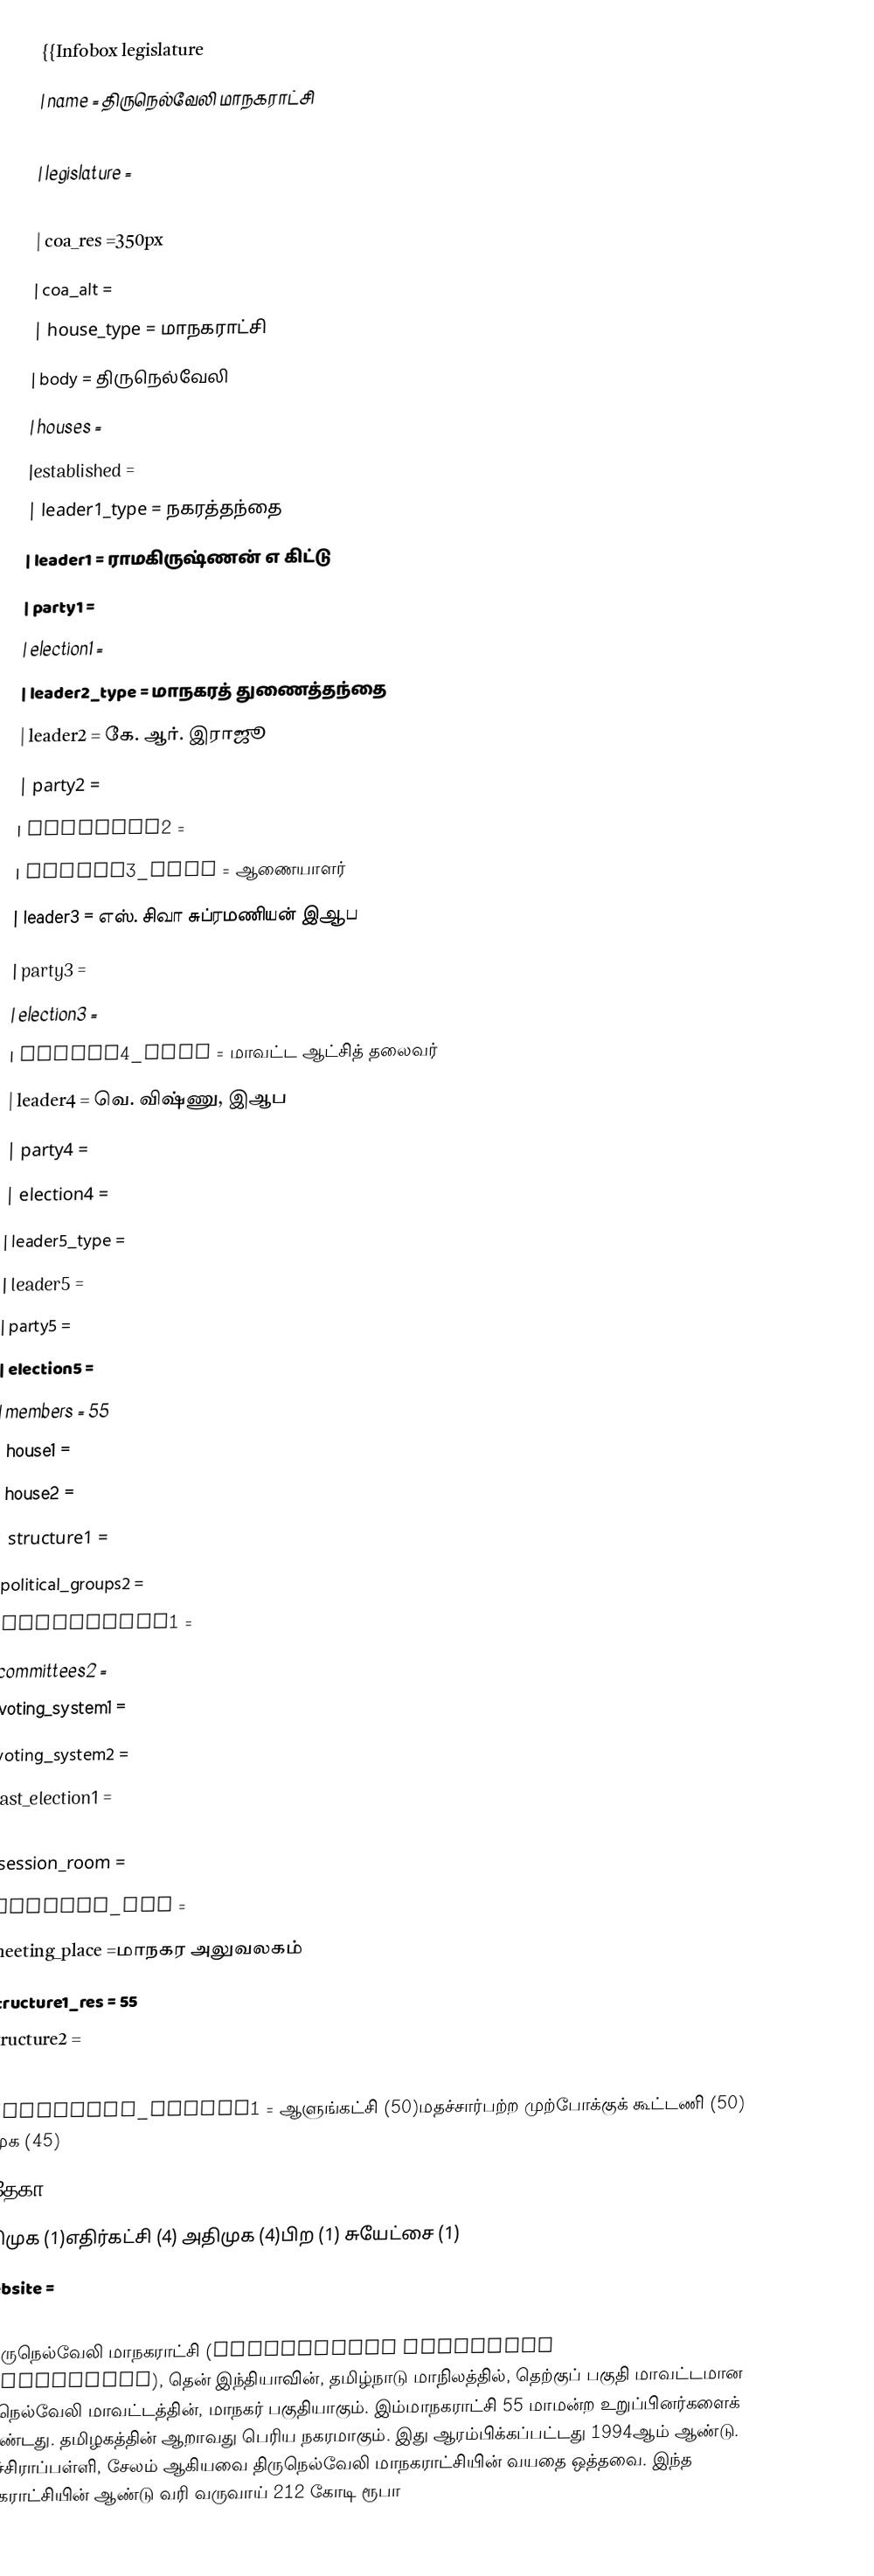
{{Infobox legislature
 | name               = திருநெல்வேலி மாநகராட்சி
 | transcription_name =
 | legislature        =
 | coa_pic            =
 | coa_res            =350px
 | coa_alt            =
 | house_type         = மாநகராட்சி
 | body               = திருநெல்வேலி
 | houses             =
 |established         =
 | leader1_type       = நகரத்தந்தை
 | leader1            = ராமகிருஷ்ணன் எ கிட்டு
 | party1             =
 | election1          =
 | leader2_type       = மாநகரத் துணைத்தந்தை
 | leader2            = கே. ஆர். இராஜூ
 | party2             =
 | election2          =
 | leader3_type       = ஆணையாளர்
 | leader3            = எஸ். சிவா சுப்ரமணியன் இஆப
 | party3             =
 | election3          =
 | leader4_type       = மாவட்ட ஆட்சித் தலைவர்
 | leader4            = வெ. விஷ்ணு, இஆப
 | party4             =
 | election4          =
 | leader5_type       =
 | leader5            =
 | party5             =
 | election5          =
 | members            = 55
 | house1             =
 | house2             =
 | structure1         =
 | political_groups2  =
 | committees1        =
 | committees2        =
 | voting_system1     =
 | voting_system2     =
 | last_election1     =
 | last_election2     =
 | session_room       =
 | session_res        =
 | meeting_place      =மாநகர அலுவலகம்
 | structure1_res     = 55
 | structure2         =
 | structure2_res     =
 | political_groups1  = ஆளுங்கட்சி (50)மதச்சார்பற்ற முற்போக்குக் கூட்டணி (50) திமுக (45)
 இதேகா (4)
 மதிமுக (1)எதிர்கட்சி (4) அதிமுக (4)பிற (1) சுயேட்சை (1)
 | website            =
 | footnotes          =
}}திருநெல்வேலி மாநகராட்சி (Tirunelveli Municipal Corporation), தென் இந்தியாவின், தமிழ்நாடு மாநிலத்தில், தெற்குப் பகுதி மாவட்டமான திருநெல்வேலி மாவட்டத்தின், மாநகர் பகுதியாகும். இம்மாநகராட்சி 55 மாமன்ற உறுப்பினர்களைக் கொண்டது. தமிழகத்தின் ஆறாவது பெரிய நகரமாகும்.  இது ஆரம்பிக்கப்பட்டது 1994ஆம் ஆண்டு. திருச்சிராப்பள்ளி, சேலம் ஆகியவை திருநெல்வேலி மாநகராட்சியின் வயதை ஒத்தவை. இந்த மாநகராட்சியின் ஆண்டு வரி வருவாய் 212 கோடி ரூபா